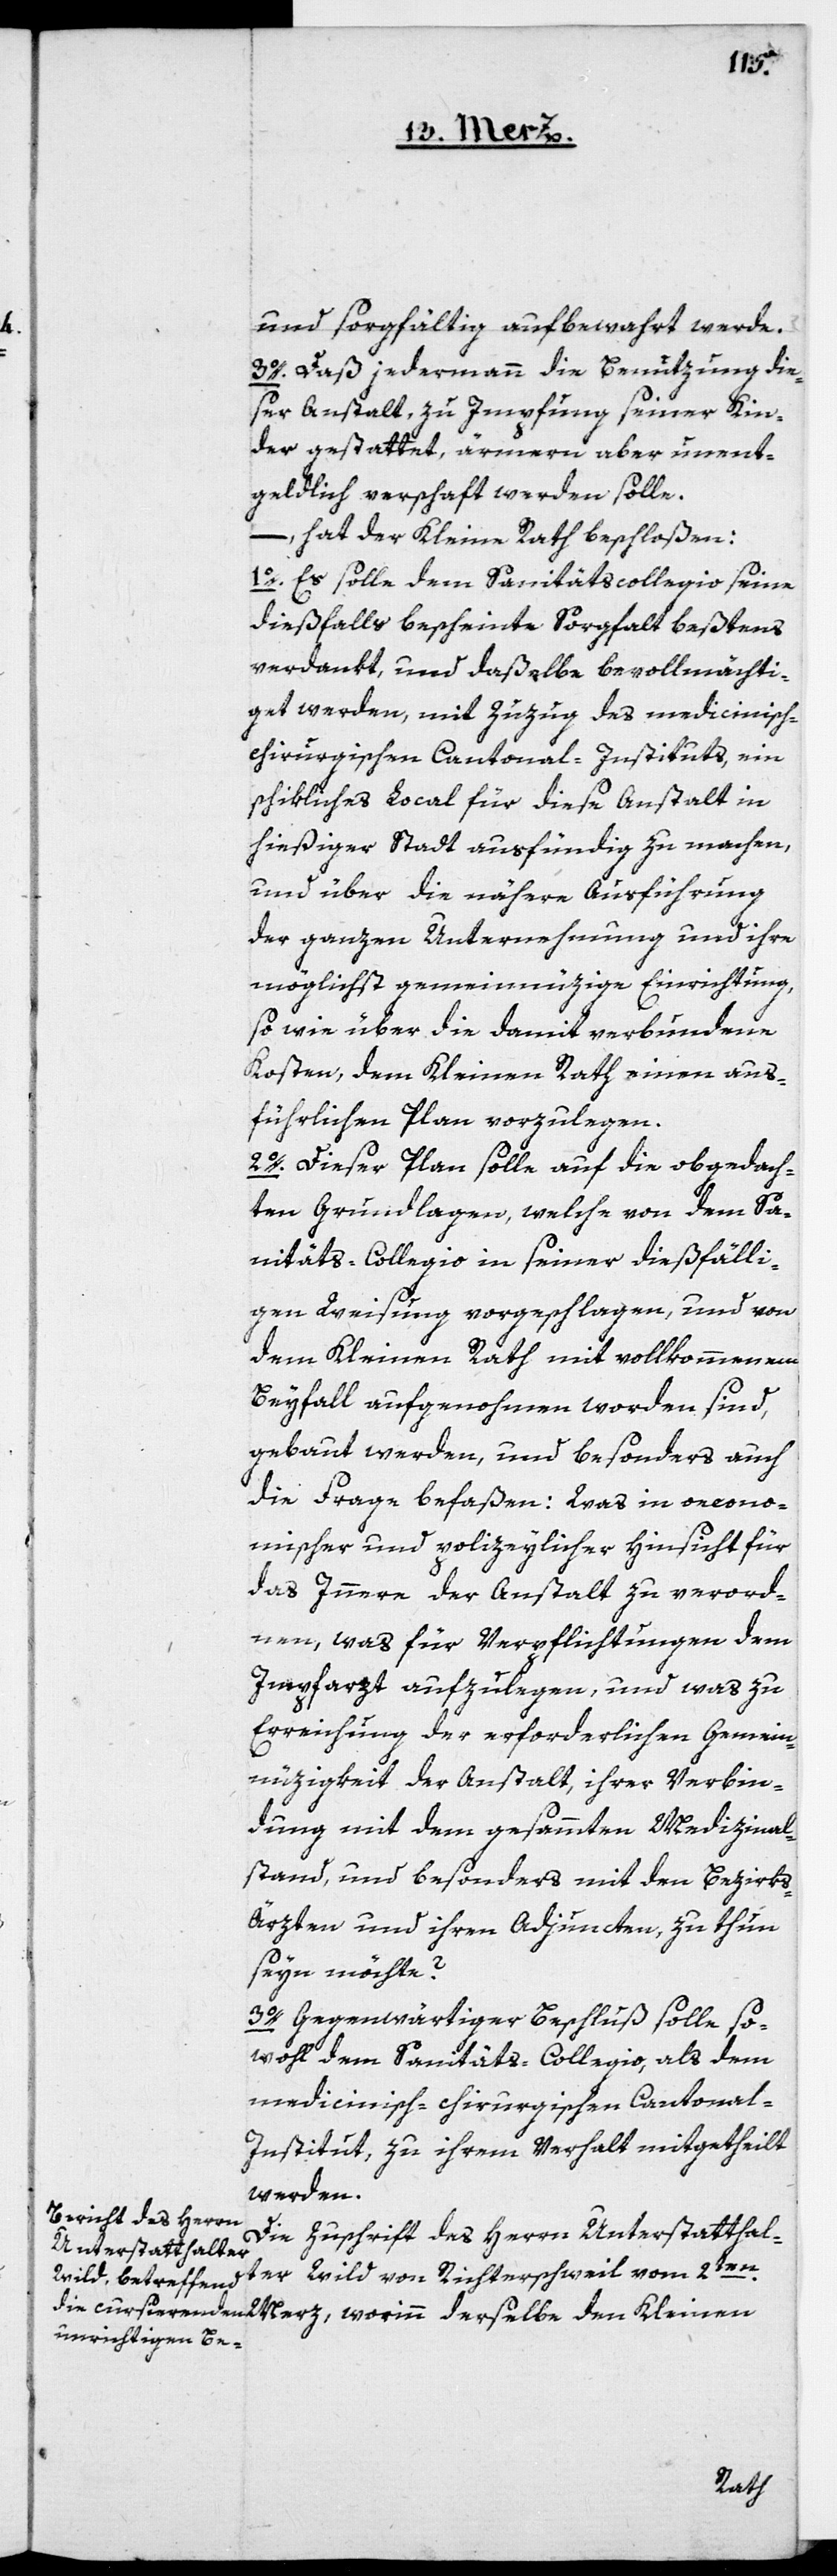
und sorgfältig aufbewahrt werde.
3o. Dass jedermann die Benutzung die¬
ser Anstalt, zu Impfung seiner Kin¬
der gestattet, ärmere aber unent¬
geldlich verschafft werden solle,
hat der Kleine Rath beschloßen:
1o. Es solle dem Sanitätscollegio seine
dießfalls bescheinte Sorgfalt beßtens
verdankt, und daßelbe bevollmächti¬
get werden, mit Zuzug des medicinisch-c¬
hirurgischen Cantonal-Instituts, ein
schikliches Local für diese Anstalt in
hießiger Stadt ausfündig zu machen,
und über die nähere Ausführung
der ganzen Unternehmung und ihre
möglichst gemeinnüzige Einrichtung,
sowie über die damit verbundene
Kosten, dem Kleinen Rath einen aus¬
führlichen Plan vorzulegen.
2o. Dieser Plan solle auf die obgedach¬
ten Grundlagen, welche von dem Sa¬
nitäts-Collegio in seiner dießfälli¬
gen Weisung vorgeschlagen, und von
dem Kleinen Rath mit vollkommenem
Beyfall aufgenommen worden sind,
gebaut werden, und besonders auch
die Frage befaßen: Was in oecono¬
mischer und polizeylicher Hinsicht für
das Innere der Anstalt zu verord¬
nen, was für Verpflichtungen dem
Impfarzt aufzulegen, und was zu
Erreichung der erforderlichen Gemein¬
nüzigkeit der Anstalt, ihrer Verbin¬
dung mit dem gesammten Medizinal¬
stand, und besonders mit den Bezirk¬
s-Ärzten und ihren Adjuncten, zu thun
seyn möchte?
3o. Gegenwärtiger Beschluß solle so¬
wohl dem Sanitäts-Collegio, als dem
medicinisch-chirurgischen Cantonal-I¬
nstitut, zu ihrem Verhalt mitgetheilt
werden.
Die Zuschrift des Herrn Unterstatthal¬
ter Wild von Richterschweil vom 2ten
Merz, worinn derselbe den Kleinen